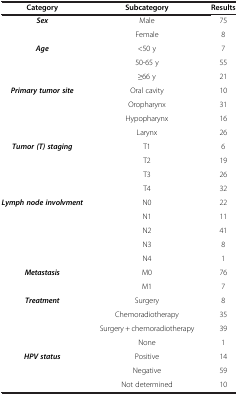
<table><thead><tr><td><b>Category</b></td><td><b>Subcategory</b></td><td><b>Results</b></td></tr></thead><tbody><tr><td><b><i>Sex</i></b></td><td>Male</td><td>75</td></tr><tr><td> </td><td>Female</td><td>8</td></tr><tr><td><b><i>Age</i></b></td><td>&lt;50 y</td><td>7</td></tr><tr><td> </td><td>50-65 y</td><td>55</td></tr><tr><td> </td><td>≥66 y</td><td>21</td></tr><tr><td><b><i>Primary tumor site</i></b></td><td>Oral cavity</td><td>10</td></tr><tr><td> </td><td>Oropharynx</td><td>31</td></tr><tr><td> </td><td>Hypopharynx</td><td>16</td></tr><tr><td> </td><td>Larynx</td><td>26</td></tr><tr><td><b><i>Tumor (T) staging</i></b></td><td>T1</td><td>6</td></tr><tr><td> </td><td>T2</td><td>19</td></tr><tr><td> </td><td>T3</td><td>26</td></tr><tr><td> </td><td>T4</td><td>32</td></tr><tr><td><b><i>Lymph node involvment</i></b></td><td>N0</td><td>22</td></tr><tr><td> </td><td>N1</td><td>11</td></tr><tr><td> </td><td>N2</td><td>41</td></tr><tr><td> </td><td>N3</td><td>8</td></tr><tr><td> </td><td>N4</td><td>1</td></tr><tr><td><b><i>Metastasis</i></b></td><td>M0</td><td>76</td></tr><tr><td> </td><td>M1</td><td>7</td></tr><tr><td><b><i>Treatment</i></b></td><td>Surgery</td><td>8</td></tr><tr><td> </td><td>Chemoradiotherapy</td><td>35</td></tr><tr><td> </td><td>Surgery + chemoradiotherapy</td><td>39</td></tr><tr><td> </td><td>None</td><td>1</td></tr><tr><td><b><i>HPV status</i></b></td><td>Positive</td><td>14</td></tr><tr><td> </td><td>Negative</td><td>59</td></tr><tr><td> </td><td>Not determined</td><td>10</td></tr></tbody></table>